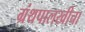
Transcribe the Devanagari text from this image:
ग्रंथपालखीचा